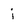
Character: j